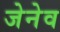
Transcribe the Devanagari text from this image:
जेनेव